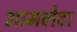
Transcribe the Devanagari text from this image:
आमलेटा